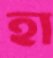
হা